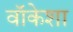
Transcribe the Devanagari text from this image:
वॉकेशा